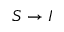
S \to I